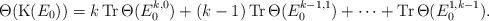
LaTeX: \begin{align*}\Theta(\mathrm{K}(E_0)) = k\,\mathrm{Tr}\, \Theta(E^{k,0}_0) + (k-1)\,\mathrm{Tr}\, \Theta(E^{k-1,1}_0) + \dots + \mathrm{Tr}\, \Theta(E^{1,k-1}_0). \end{align*}